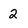
Character: 2